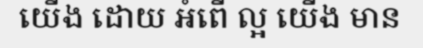
យើង ដោយ អំពើ ល្អ យើង មាន